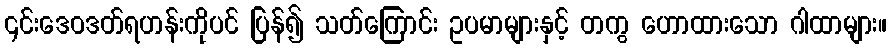
၎င်းဒေဝဒတ်ရဟန်းကိုပင် ပြန်၍ သတ်ကြောင်း ဥပမာများနှင့် တကွ ဟောထားသော ဂါထာများ။